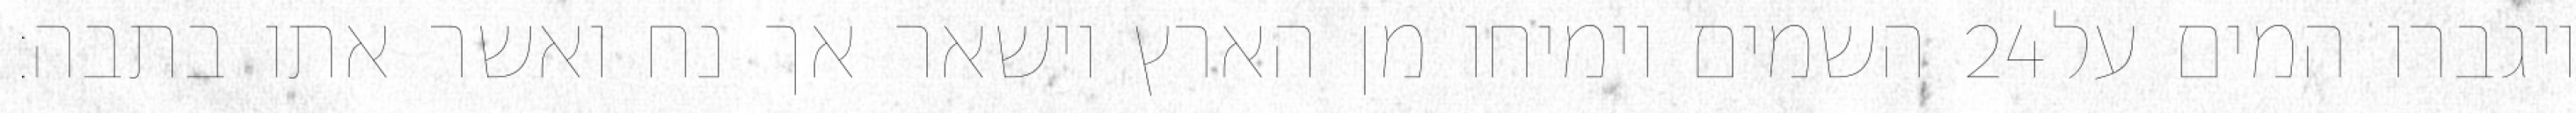
השמים וימיחו מן הארץ וישאר אך נח ואשר אתו בתבה׃ ‎24‏ ויגברו המים על